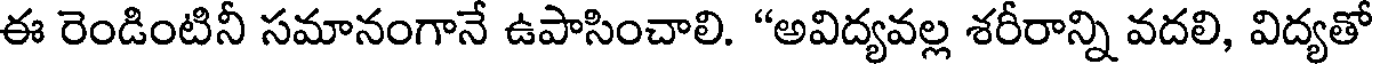
ఈ రెండింటినీ సమానంగానే ఉపాసించాలి. "అవిద్యవల్ల శరీరాన్ని వదలి, విద్యతో